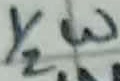
Text: 1/2W